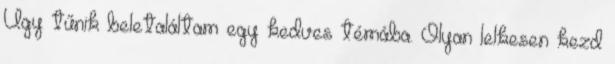
Úgy tűnik beletaláltam egy kedves témába. Olyan lelkesen kezd